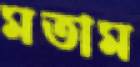
মতাম